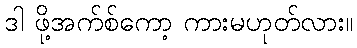
ဒါ ဖို့အက်စ်ကော့ ကားမဟုတ်လား။